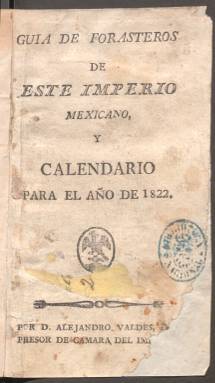
Título: Guía de forasteros de este imperio mexicano y calendario
Otros títulos: Guía de forasteros de este imperio mejicano y calendario
Colección: Almanaques || Guías y directorios
Ámbito geográfico: México
Lugar de publicación: México
Fechas: 01/01/1822-31/12/1822